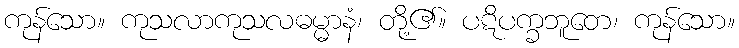
ကုန်သော။ ကုသလာကုသလဓမ္မာနံ၊ တို့၏။ ပဋိပက္ခဘူတေ၊ ကုန်သော။